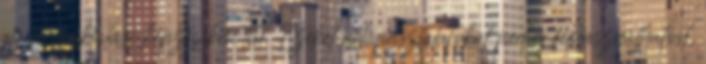
az felsőoktatási képzéseken túl. Ezeket a tapasztalatokat pedig felhasználhatod,